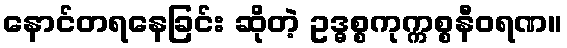
နောင်တရနေခြင်း ဆိုတဲ့ ဥဒ္ဓစ္စကုက္ကစ္စနီဝရဏ။